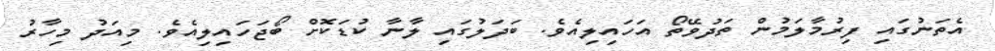
އެތަނުގައި ފިރުމާލަމުން ތަދުވޭތޯ އަހައިލިއެވެ. ބަދަލުގައި ލާނާ ކުޑަކޮށް ބޯޖަހައިލިއެވެ. މިއަދު މިހާރު